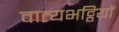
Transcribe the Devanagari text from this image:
वात्यभट्ठियों